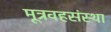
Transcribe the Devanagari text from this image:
मूत्रवहसंस्था